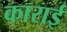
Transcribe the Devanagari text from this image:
काराई